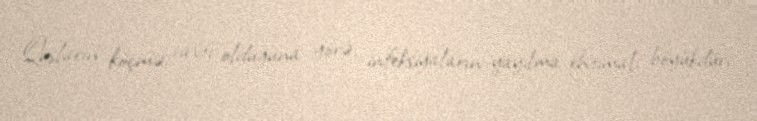
Quşların köçmə vaxtı olduğuna görə, infeksiyaların yayılma ehtimalı böyükdür,